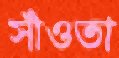
সাঁওতা